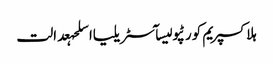
ہلاکسپریم کورٹپولیسآسٹریلیااسلحہعدالت